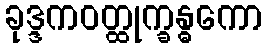
ခုဒ္ဒကဝတ္ထုက္ခန္ဓကော